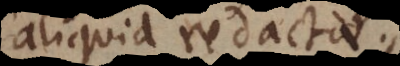
aliquid redactae.